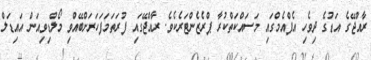
ރާއްޖޭގެ އަޑުގެ ދިވެހި އެފްއެމްގައި މަސައްކަތްކުރާ ޕްރެޒެންޓަރެކެވެ. ރާއްޖޭގައި ފުރަތަމަފަހަރަށްބޭއްވި މޯލްޑިވިއަން އައިޑަލް